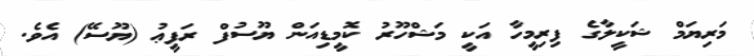
މަރިޔަމް ޝަކީލާގެ ފިރިމީހާ އަކީ މަޝްހޫރު ކޮމީޑިއަން ޔޫސުފް ރަފީޢު (ޔޫސޭ) އެވެ.